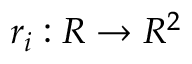
\boldsymbol { r } _ { i } : { R } \rightarrow { R ^ { 2 } }